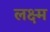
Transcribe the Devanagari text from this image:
लक्ष्म